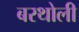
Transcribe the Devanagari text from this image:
बरथोली